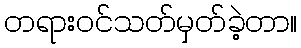
တရားဝင်သတ်မှတ်ခဲ့တာ။